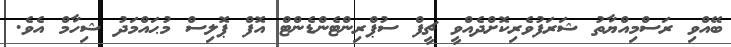
ބޭއްވި ރަސްމިއްޔާތު ޝަރަފުވެރިކޮށްދެއްވީ ޗީފް ސުޕްރިންޓެންޑެންޓް އޮފް ޕޮލިސް މުޙައްމަދު ޝިހާމް އެވެ.